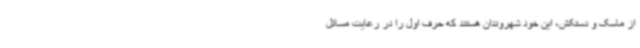
از ماسک و دستکش، این خود شهروندان هستند که حرف اول را در رعایت مسائل